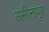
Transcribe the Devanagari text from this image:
अमीनपुर